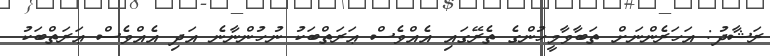
ރަޝާދު: އަހަރެންނަށް ތަބާވާމީހުންގެ ތެރޭގައި އެއްވެސް ޢަރަތްބަކު ނުހުންނާނެ އަދި އެއްވެސް ޢަރަތްބަކު